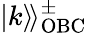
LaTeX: |k\rangle\! \rangle_{\mathrm{OBC}}^{\pm}